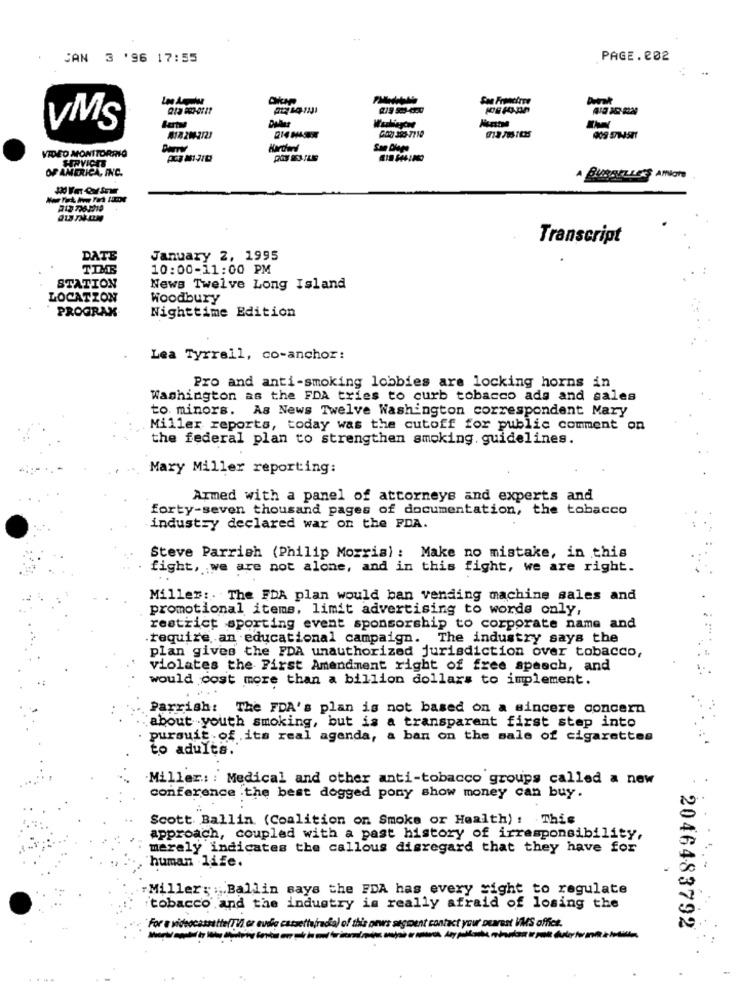
CAN 3 '96 17:55
PAGE.202
VMS
Bartu
GOR 350-7718
Hardwd
VIDEO MONITORRIO
OF AMERICA, INC.
A BURGELLERS ANNOTO
Transcript
DATE
January 2, 1995
10:00-11:00 PM
STATION
News Twelve Long Island
LOCATION
Woodbury
PROGRAK
Nighttime Edition
Lea Tyrrell, co-anchor:
Pro and anti-smoking lobbies are locking horns in
Washington as the FDA tries to curb tobacco ads and sales
to. minors. As News Twelve Washington correspondent Mary
Miller reports, today was the cutoff for public comment on
the federal plan to strengthen smoking. guidelines.
Mary Miller reporting:
Armed with a panel of attorneys and experts and
forty-seven thousand pages of documentation, the tobacco
industry declared war on the FDA.
Steve Parrish (Philip Morris) : Make no mistake, in this
fight, we are not alone, and in this fight, we are right.
Miller :. The FDA plan would ban vending machine sales and
promotional items, limit advertising to words only,
restrict sporting event sponsorship to corporate name and
.require an educational campaign. The industry says the
plan gives the FDA unauthorized jurisdiction over tobacco,
violates the First Amendment right of free speech, and
would cost more than a billion dollars to implement.
Parrish: The FDA's plan is not based on a sincere concern
about youth smoking, but is a transparent first step into
pursuit of its real agenda, a ban on the sale of cigarettes
to adults.
Miller: : Medical and other anti-tobacco groups called a new
conference .the best dogged pony show money can buy.
Scott. Ballin (Coalition on Smoke or Health) : This
approach, coupled with a past history of irresponsibility,
merely indicates the callous disregard that they have for
human life.
-Miller: : . Ballin says the FDA has every right to regulate
tobacco and the industry is really afraid of losing the
2046483792
"For a videocassette(Ti) er eudig cassettafracia) of this news segment contact your nearest VMS office.